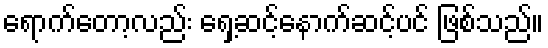
ရောက်တော့လည်း ရှေ့ဆင့်နောက်ဆင့်ပင် ဖြစ်သည်။